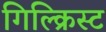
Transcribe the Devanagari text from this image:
गिल्क्रिस्ट